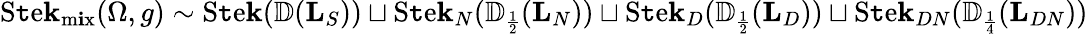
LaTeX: \operatorname{S\mathtt{t}e\mathbf{k}}_{\operatorname{m\mathbf{i}x}}(\Omega,g)\sim\operatorname{S\mathtt{t}e\mathbf{k}}({\mathbb{{D}}}(\mathbf{L}_{S}))\sqcup\operatorname{S\mathtt{t}e\mathbf{k}}_{N}({\mathbb{{D}}}_{\scriptscriptstyle{\frac{{1}}{{2}}}}(\mathbf{L}_{N}))\sqcup\operatorname{S\mathtt{t}e\mathbf{k}}_{D}({\mathbb{{D}}}_{\scriptscriptstyle{\frac{{1}}{{2}}}}(\mathbf{L}_{D}))\sqcup\operatorname{S\mathtt{t}e\mathbf{k}}_{DN}({\mathbb{{D}}}_{\scriptscriptstyle{\frac{{1}}{{4}}}}(\mathbf{L}_{DN}))